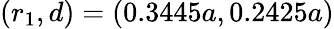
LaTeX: (r_{1},d)=(0.3445a,0.2425a)